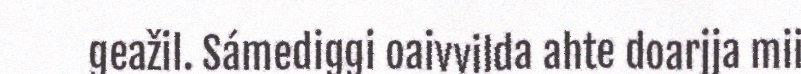
geažil. Sámediggi oaivvilda ahte doarjja mii